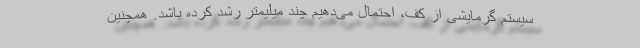
سیستم گرمایشی از کف، احتمال می‌دهیم چند میلیمتر رشد کرده باشد. همچنین